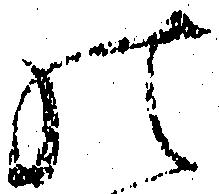
の